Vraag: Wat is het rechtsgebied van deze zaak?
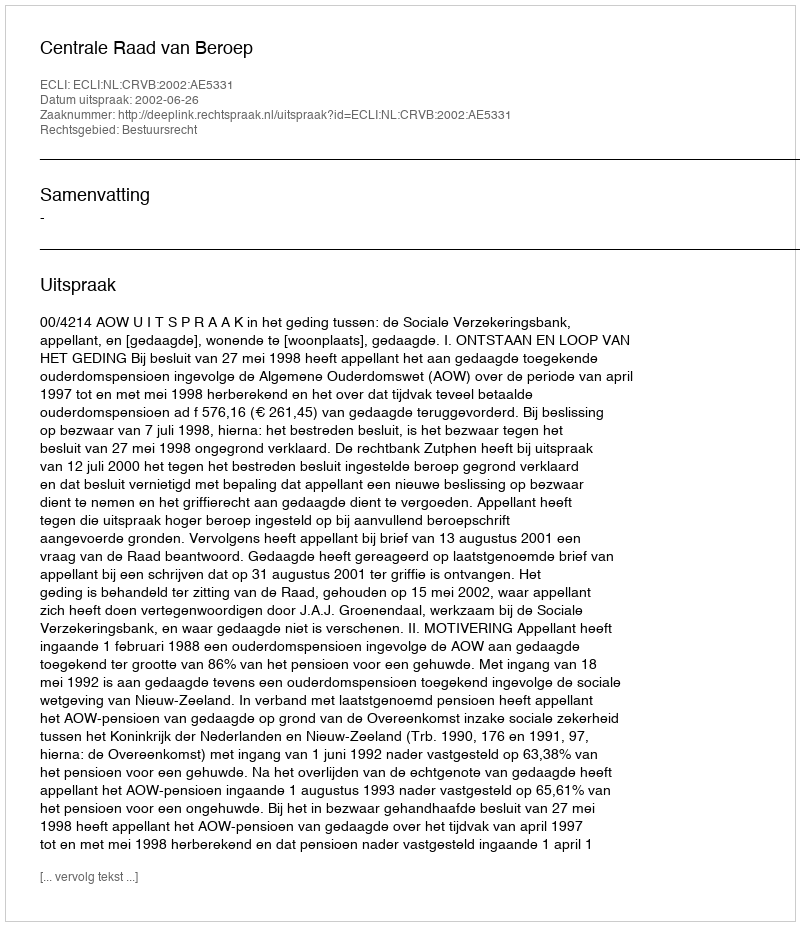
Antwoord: Bestuursrecht